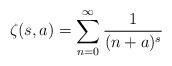
LaTeX: \begin{align*}~\zeta(s,a)=\sum_{n=0}^{\infty}\frac{1}{(n+a)^{s}}\end{align*}